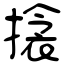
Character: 搇